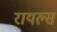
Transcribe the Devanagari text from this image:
रायल्स